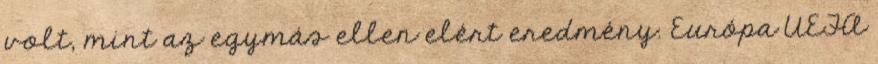
volt, mint az egymás ellen elért eredmény. Európa UEFA